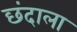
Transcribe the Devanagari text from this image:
छंदाला